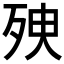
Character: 𣧴